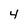
Character: 4